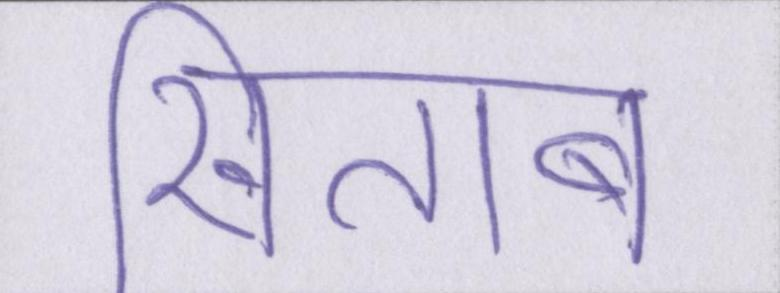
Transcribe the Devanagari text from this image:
खिताब